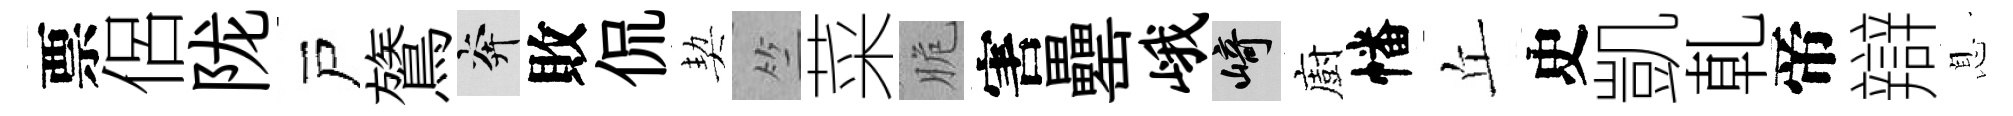
票侶陇戸鷟奔敗侃契竺菜脆害罍峨崎廚幡丘史凱乹帝辯息